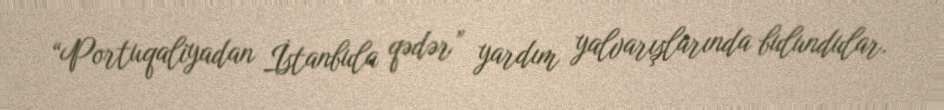
“Portuqaliyadan İstanbula qədər” yardım yalvarışlarında bulundular.